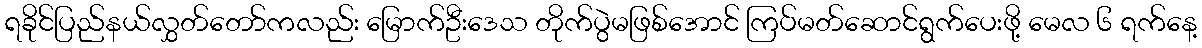
ရခိုင်ပြည်နယ်လွှတ်တော်ကလည်း မြောက်ဦးဒေသ တိုက်ပွဲမဖြစ်အောင် ကြပ်မတ်ဆောင်ရွက်ပေးဖို့ မေလ ၆ ရက်နေ့